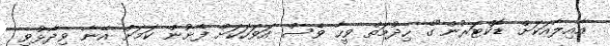
އާއިލާއަކަށް ޑޮކްޓަރުން"ގެ ހިދުމަތް ވީހާ ވެސް އަވަހަކަށް ފެށުން ކަމަށް އޭނާ ވިދާޅުވި